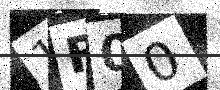
Text: 1R00